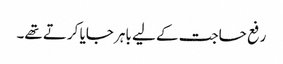
رفع حاجت کے لیے باہر جایا کرتے تھے۔